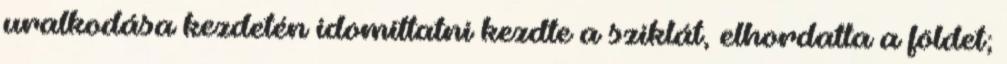
uralkodása kezdetén idomíttatni kezdte a sziklát, elhordatta a földet;